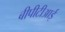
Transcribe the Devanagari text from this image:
बीपीटीआई